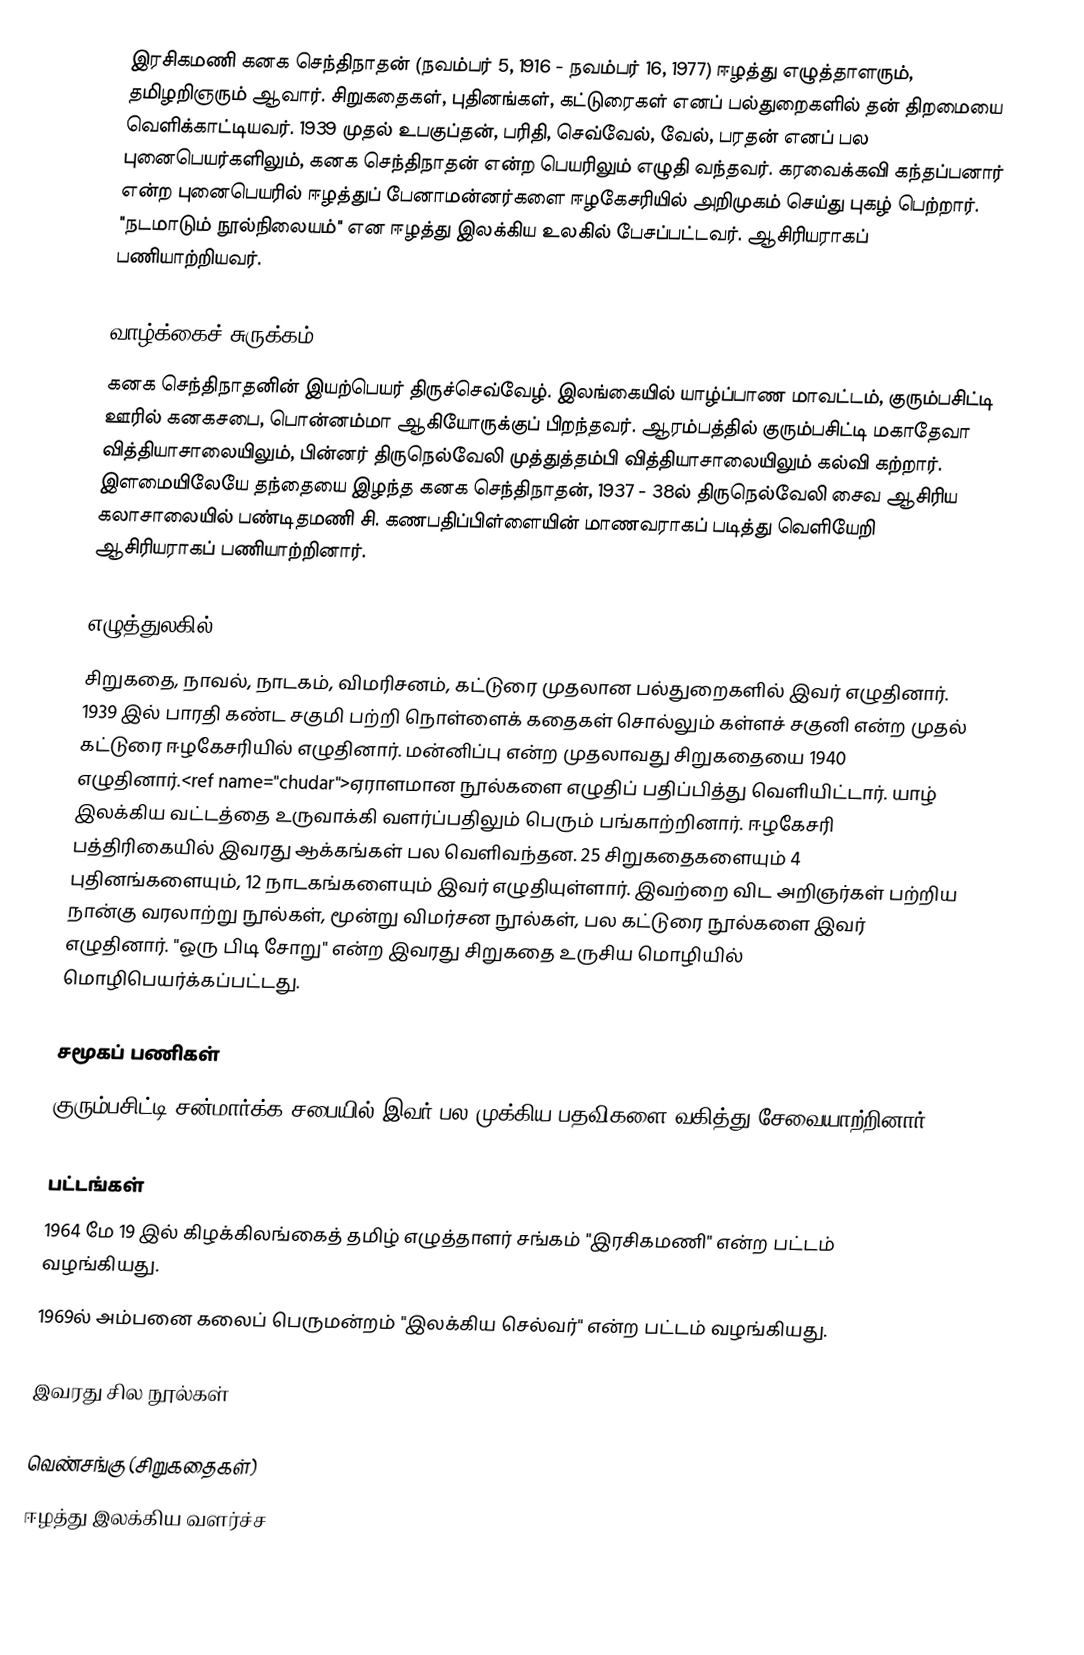
இரசிகமணி கனக செந்திநாதன் (நவம்பர் 5, 1916 - நவம்பர் 16, 1977) ஈழத்து எழுத்தாளரும், தமிழறிஞரும் ஆவார். சிறுகதைகள், புதினங்கள், கட்டுரைகள் எனப் பல்துறைகளில் தன் திறமையை வெளிக்காட்டியவர். 1939 முதல் உபகுப்தன், பரிதி, செவ்வேல், வேல், பரதன் எனப் பல புனைபெயர்களிலும், கனக செந்திநாதன் என்ற பெயரிலும் எழுதி வந்தவர். கரவைக்கவி கந்தப்பனார் என்ற புனைபெயரில் ஈழத்துப் பேனாமன்னர்களை ஈழகேசரியில் அறிமுகம் செய்து புகழ் பெற்றார். "நடமாடும் நூல்நிலையம்" என ஈழத்து இலக்கிய உலகில் பேசப்பட்டவர். ஆசிரியராகப் பணியாற்றியவர்.

வாழ்க்கைச் சுருக்கம்
கனக செந்திநாதனின் இயற்பெயர் திருச்செவ்வேழ். இலங்கையில் யாழ்ப்பாண மாவட்டம், குரும்பசிட்டி ஊரில் கனகசபை, பொன்னம்மா ஆகியோருக்குப் பிறந்தவர். ஆரம்பத்தில் குரும்பசிட்டி மகாதேவா வித்தியாசாலையிலும், பின்னர் திருநெல்வேலி முத்துத்தம்பி வித்தியாசாலையிலும் கல்வி கற்றார். இளமையிலேயே தந்தையை இழந்த கனக செந்திநாதன், 1937 - 38ல் திருநெல்வேலி சைவ ஆசிரிய கலாசாலையில் பண்டிதமணி சி. கணபதிப்பிள்ளையின் மாணவராகப் படித்து வெளியேறி ஆசிரியராகப் பணியாற்றினார்.

எழுத்துலகில்
சிறுகதை, நாவல், நாடகம், விமரிசனம், கட்டுரை முதலான பல்துறைகளில் இவர் எழுதினார். 1939 இல் பாரதி கண்ட சகுமி பற்றி நொள்ளைக் கதைகள் சொல்லும் கள்ளச் சகுனி என்ற முதல் கட்டுரை ஈழகேசரியில் எழுதினார். மன்னிப்பு என்ற முதலாவது சிறுகதையை 1940 எழுதினார்.<ref name="chudar">ஏராளமான நூல்களை எழுதிப் பதிப்பித்து வெளியிட்டார். யாழ் இலக்கிய வட்டத்தை உருவாக்கி வளர்ப்பதிலும் பெரும் பங்காற்றினார். ஈழகேசரி பத்திரிகையில் இவரது ஆக்கங்கள் பல வெளிவந்தன. 25 சிறுகதைகளையும் 4  புதினங்களையும், 12 நாடகங்களையும் இவர் எழுதியுள்ளார். இவற்றை விட அறிஞர்கள் பற்றிய நான்கு வரலாற்று நூல்கள், மூன்று விமர்சன நூல்கள், பல கட்டுரை நூல்களை இவர் எழுதினார். "ஒரு பிடி சோறு" என்ற இவரது சிறுகதை உருசிய மொழியில் மொழிபெயர்க்கப்பட்டது.

சமூகப் பணிகள்
குரும்பசிட்டி சன்மார்க்க சபையில் இவர் பல முக்கிய பதவிகளை வகித்து சேவையாற்றினார்.

பட்டங்கள்
 1964 மே 19 இல் கிழக்கிலங்கைத் தமிழ் எழுத்தாளர் சங்கம் "இரசிகமணி" என்ற பட்டம் வழங்கியது.
 1969ல் அம்பனை கலைப் பெருமன்றம் "இலக்கிய செல்வர்" என்ற பட்டம் வழங்கியது.

இவரது சில நூல்கள்

 வெண்சங்கு (சிறுகதைகள்)
 ஈழத்து இலக்கிய வளர்ச்ச